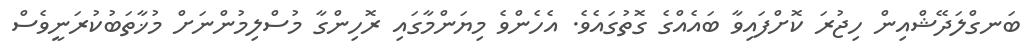
ބަނގްލަދޭޝްއިން ހިޖުރަ ކޮށްފައިވާ ބައެއްގެ ގޮތުގައެވެ. އެހެންވެ މިޔަންމާގައި ރޮހިންގާ މުސްލިމުންނަށް މުޚާތަބުކުރަނީވެސް